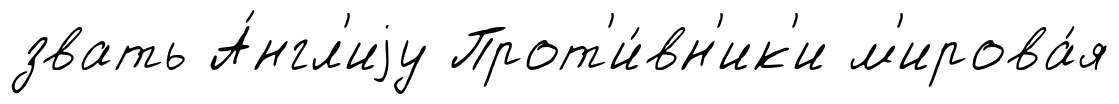
звать А́нгл'иjу Прот'и́вн'ик'и м'ирова́я